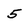
Character: 5